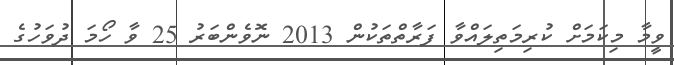
ވީމާ މިކަމަށް ކުރިމަތިލައްވާ ފަރާތްތަކުން 2013 ނޮވެންބަރު 25 ވާ ހޯމަ ދުވަހުގެ